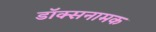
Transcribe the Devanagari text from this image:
डॉक्सनामक